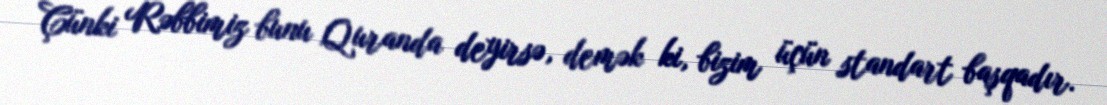
Çünki Rəbbimiz bunu Quranda deyirsə, demək ki, bizim üçün standart başqadır.